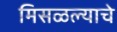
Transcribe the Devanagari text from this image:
मिसळल्याचे